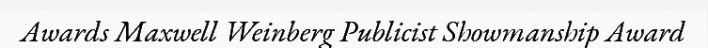
Awards Maxwell Weinberg Publicist Showmanship Award